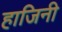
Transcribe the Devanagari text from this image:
हाजिनी